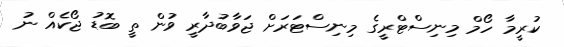
ކުރީމާ ހޯމް މިނިސްޓްރީގެ މިނިސްޓަރަށް ޖަވާބުދާރީ ވުން ތީ ބޮޑު ޖޯކެއް ނު